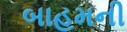
બાહમની